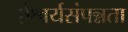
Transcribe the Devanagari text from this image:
ऐश्वर्यसंपन्नता